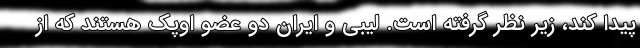
پیدا کند، زیر نظر گرفته است. لیبی و ایران دو عضو اوپک هستند که از